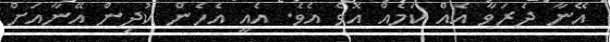
އޭނާ ދެރަވާ އެއް ކަމެއް އޮވެ އެވެ. އެއީ އެހެން ކުދިން އޭނާއަށް